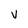
Character: v